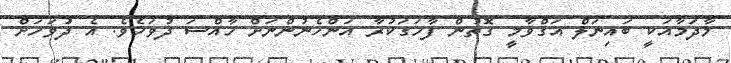
މާދަމާއަކީ ބައިނަލް އަގްވާމީ ގޮތުން ފާހަގަކުރާ އަންހެނުންނަށް ހާއްސަ ދުވަހެވެ. އެ ދުަވަހަށް